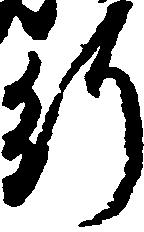
行